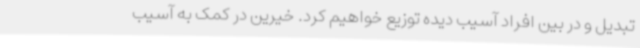
تبدیل و در بین افراد آسیب دیده توزیع خواهیم کرد. خیرین در کمک به آسیب